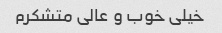
خیلی خوب و عالی متشکرم